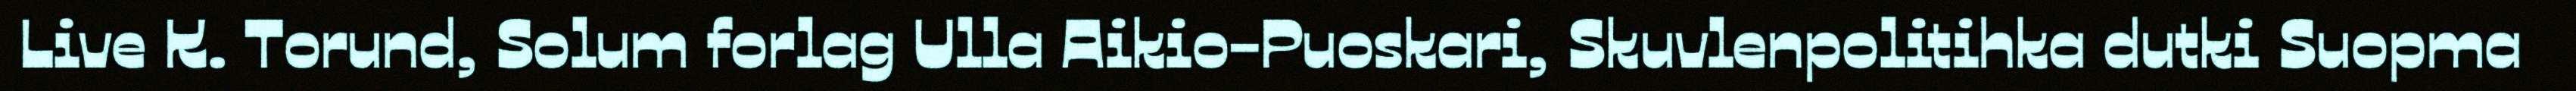
Live K. Torund, Solum forlag Ulla Aikio-Puoskari, Skuvlenpolitihka dutki Suopma